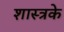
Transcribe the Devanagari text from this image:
शास्त्रके